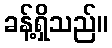
ခန့်ရှိသည်။